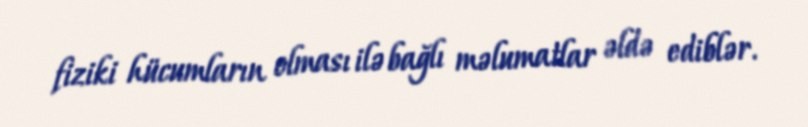
fiziki hücumların olması ilə bağlı məlumatlar əldə ediblər.